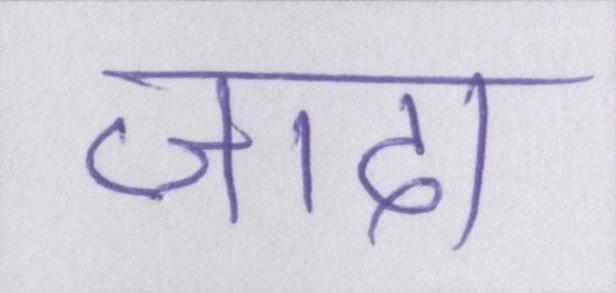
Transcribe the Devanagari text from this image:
जादा